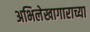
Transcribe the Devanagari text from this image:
अभिलेखागाराच्या